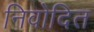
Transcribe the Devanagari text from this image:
निवोदित